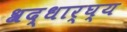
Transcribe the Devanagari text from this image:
श्रद्धार्घ्य